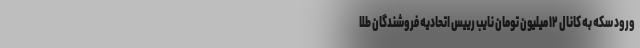
ورود سکه به کانال ۱۲ میلیون تومان نایب رییس اتحادیه فروشندگان طلا